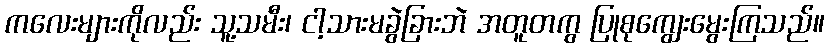
ကလေးများကိုလည်း သူ့သမီး၊ ငါ့သားမခွဲခြားဘဲ အတူတကွ ပြုစုကျွေးမွေးကြသည်။